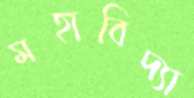
মহাবিদ্যা